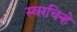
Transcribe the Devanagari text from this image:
स्वरचिन्हे